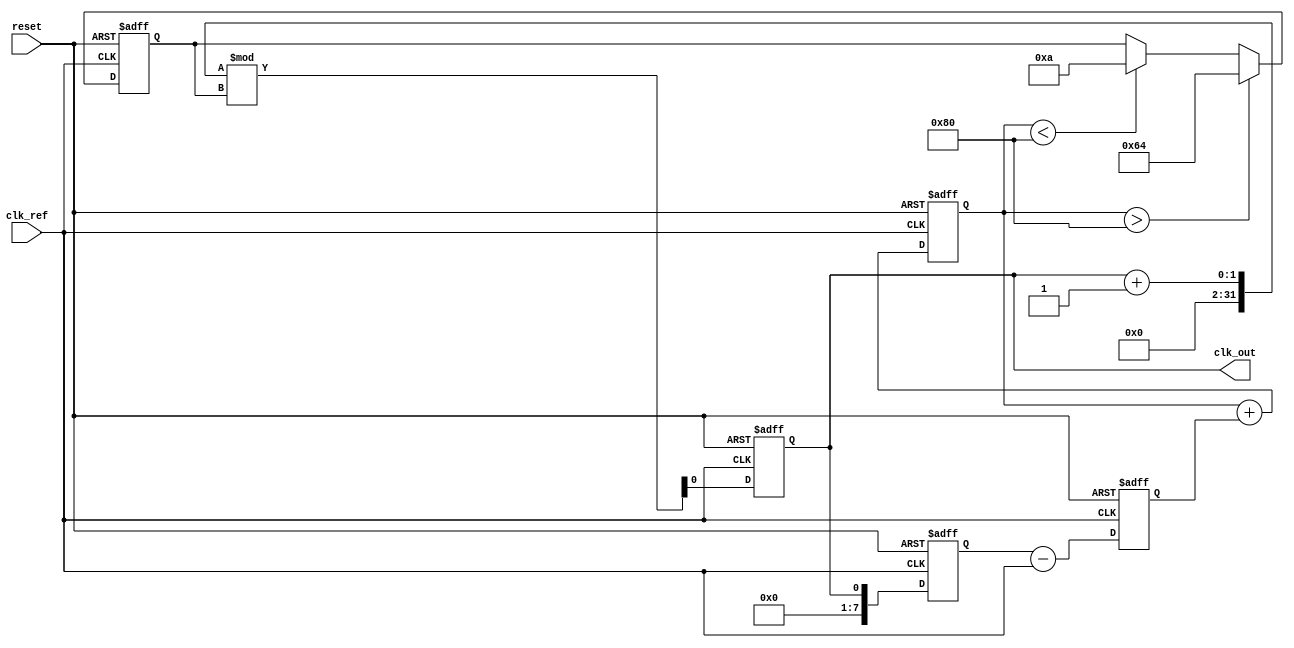
module PLL (
    input wire clk_ref,         // Reference clock input
    input wire reset,           // Reset signal
    output reg clk_out          // Output clock
);

    // Parameters
    parameter integer MEMORY_SIZE = 8; // Size of memory blocks
    parameter integer VCO_MAX_FREQ = 100; // Max frequency for VCO
    parameter integer VCO_MIN_FREQ = 10;  // Min frequency for VCO

    // Internal signals
    reg [MEMORY_SIZE-1:0] memory; // Memory blocks
    reg [7:0] phase_error;         // Phase error signal
    reg [7:0] control_voltage;      // Control voltage for VCO
    reg [7:0] vco_frequency;        // Current VCO frequency
    reg [7:0] feedback;             // Feedback signal from VCO

    // Phase Detector (PD)
    always @(posedge clk_ref or posedge reset) begin
        if (reset) begin
            phase_error <= 0;
        end else begin
            // Simple phase error calculation (for demonstration)
            phase_error <= feedback - clk_ref; // Placeholder for actual phase comparison
        end
    end

    // Loop Filter (LF)
    always @(posedge clk_ref or posedge reset) begin
        if (reset) begin
            control_voltage <= 0;
        end else begin
            // Simple integrator for loop filter
            control_voltage <= control_voltage + phase_error; // Placeholder for actual filter implementation
        end
    end

    // Voltage-Controlled Oscillator (VCO)
    always @(posedge clk_ref or posedge reset) begin
        if (reset) begin
            vco_frequency <= VCO_MIN_FREQ;
            clk_out <= 0;
        end else begin
            // Adjust VCO frequency based on control voltage
            if (control_voltage > 128) begin
                vco_frequency <= VCO_MAX_FREQ; // Max frequency
            end else if (control_voltage < 128) begin
                vco_frequency <= VCO_MIN_FREQ; // Min frequency
            end
            
            // Generate output clock based on VCO frequency
            clk_out <= (clk_out + 1) % vco_frequency; // Simple clock generation
        end
    end

    // Feedback mechanism
    always @(posedge clk_ref or posedge reset) begin
        if (reset) begin
            feedback <= 0;
        end else begin
            feedback <= clk_out; // Feedback the output clock to the PD
        end
    end

    // Memory Block Control Logic
    always @(posedge clk_ref or posedge reset) begin
        if (reset) begin
            memory <= 0; // Initialize memory
        end else begin
            // Example logic to update memory based on conditions
            if (phase_error > 50) begin
                memory <= memory + 1; // Increment memory on phase error
            end else if (phase_error < -50) begin
                memory <= memory - 1; // Decrement memory on phase error
            end
        end
    end

endmodule